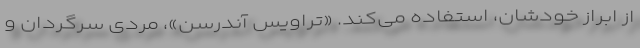
از ابراز خودشان، استفاده می‌کند. «تراویس آندرسن»، مردی سرگردان و